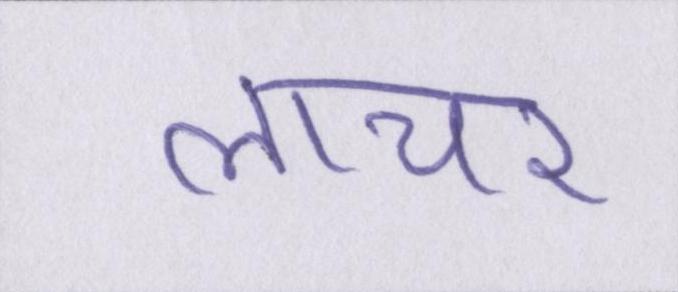
लाचर